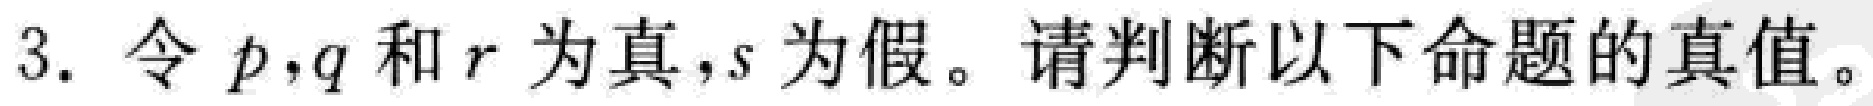
3. 令 \(p,q\) 和 \(r\) 为真，\(s\) 为假。请判断以下命题的真值。